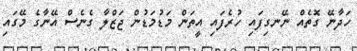
ހަދާނޭ ގޮތެއް ނޭނގިފައި ހުރެފައި އީތަން މަޑުމަޑުން ޖަޒްލާ ގެނެސް އޭނާގެ މޭގައި